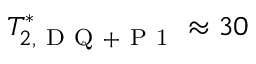
T _ { 2 , \mathrm { ~ D ~ Q ~ + ~ P ~ 1 ~ } } ^ { * } \approx 3 0